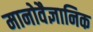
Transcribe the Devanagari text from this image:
मानोवैज्ञानिक